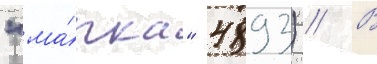
"ма́рка" 4893) // В